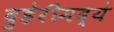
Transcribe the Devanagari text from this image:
दुहेरीमद्ये